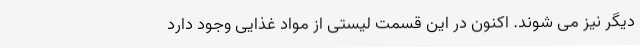
دیگر نیز می شوند. اکنون در این قسمت لیستی از مواد غذایی وجود دارد